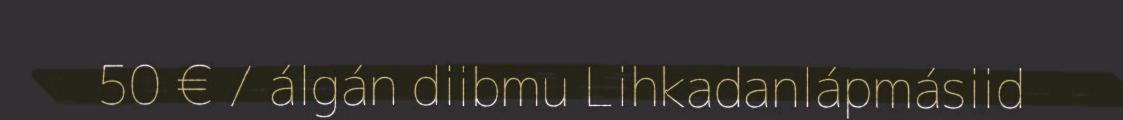
50 € / álgán diibmu Lihkadanlápmásiid